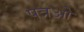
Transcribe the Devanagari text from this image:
पत्रओ